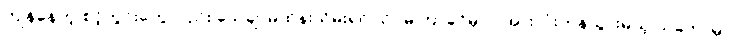
ကျန်နေတဲ့ စင့်ကွင်းတွေလည်း သေချာမထိန်းသိမ်းရင် သိပ်မကြာခင်မှာပဲ အားလုံးကုန်သွားမယ့် သဘောမှာ